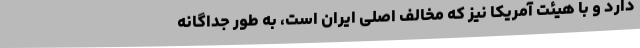
دارد و با هیئت آمریکا نیز که مخالف اصلی ایران است، به طور جداگانه